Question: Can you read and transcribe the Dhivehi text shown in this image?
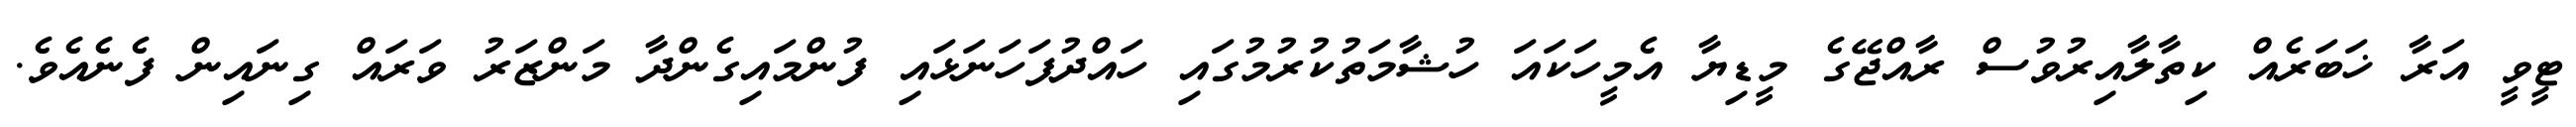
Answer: ޓީވީ އަރާ ޚަބަރެއް ކިތާލާއިރުވުސް ރާއްޖޭގެ މީޑިޔާ އެމީހަކައަ ހުޝާމަތުކުރުމުގައި ހައްދުފަހަނަޅައި ފުންމައިގެންދާ މަންޒަރު ވަރައް ގިނައިން ފެނެއެވެ.